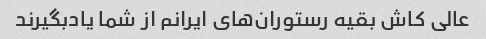
عالی کاش بقیه رستوران‌های ایرانم از شما یادبگیرند